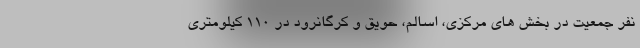
نفر جمعیت در بخش های مرکزی، اسالم، حویق و کرگانرود در ۱۱۰ کیلومتری